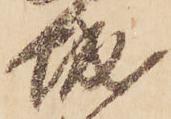
城